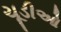
ચૂડીઓ